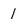
Character: 1